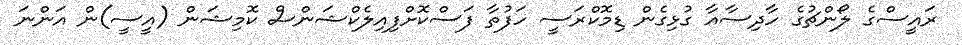
ރައީސްގެ ލޯންޗުގެ ހާދިސާއާ ގުޅިގެން ޑިމޮކްރަސީ ހަފުތާ ފަސްކޮށްފިއިލެކްޝަންސް ކޮމިޝަން (އީސީ)ން އަންނަ